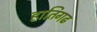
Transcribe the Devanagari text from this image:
हातिगढ